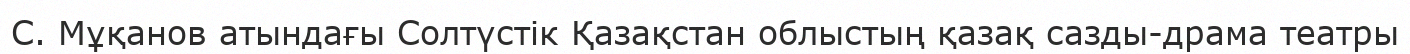
С. Мұқанов атындағы Солтүстік Қазақстан облыстың қазақ сазды-драма театры